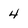
Character: 4